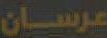
عرسان